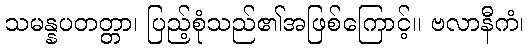
သမန္နပတတ္တာ၊ ပြည့်စုံသည်၏အဖြစ်ကြောင့်။ ဗလာနီကံ၊